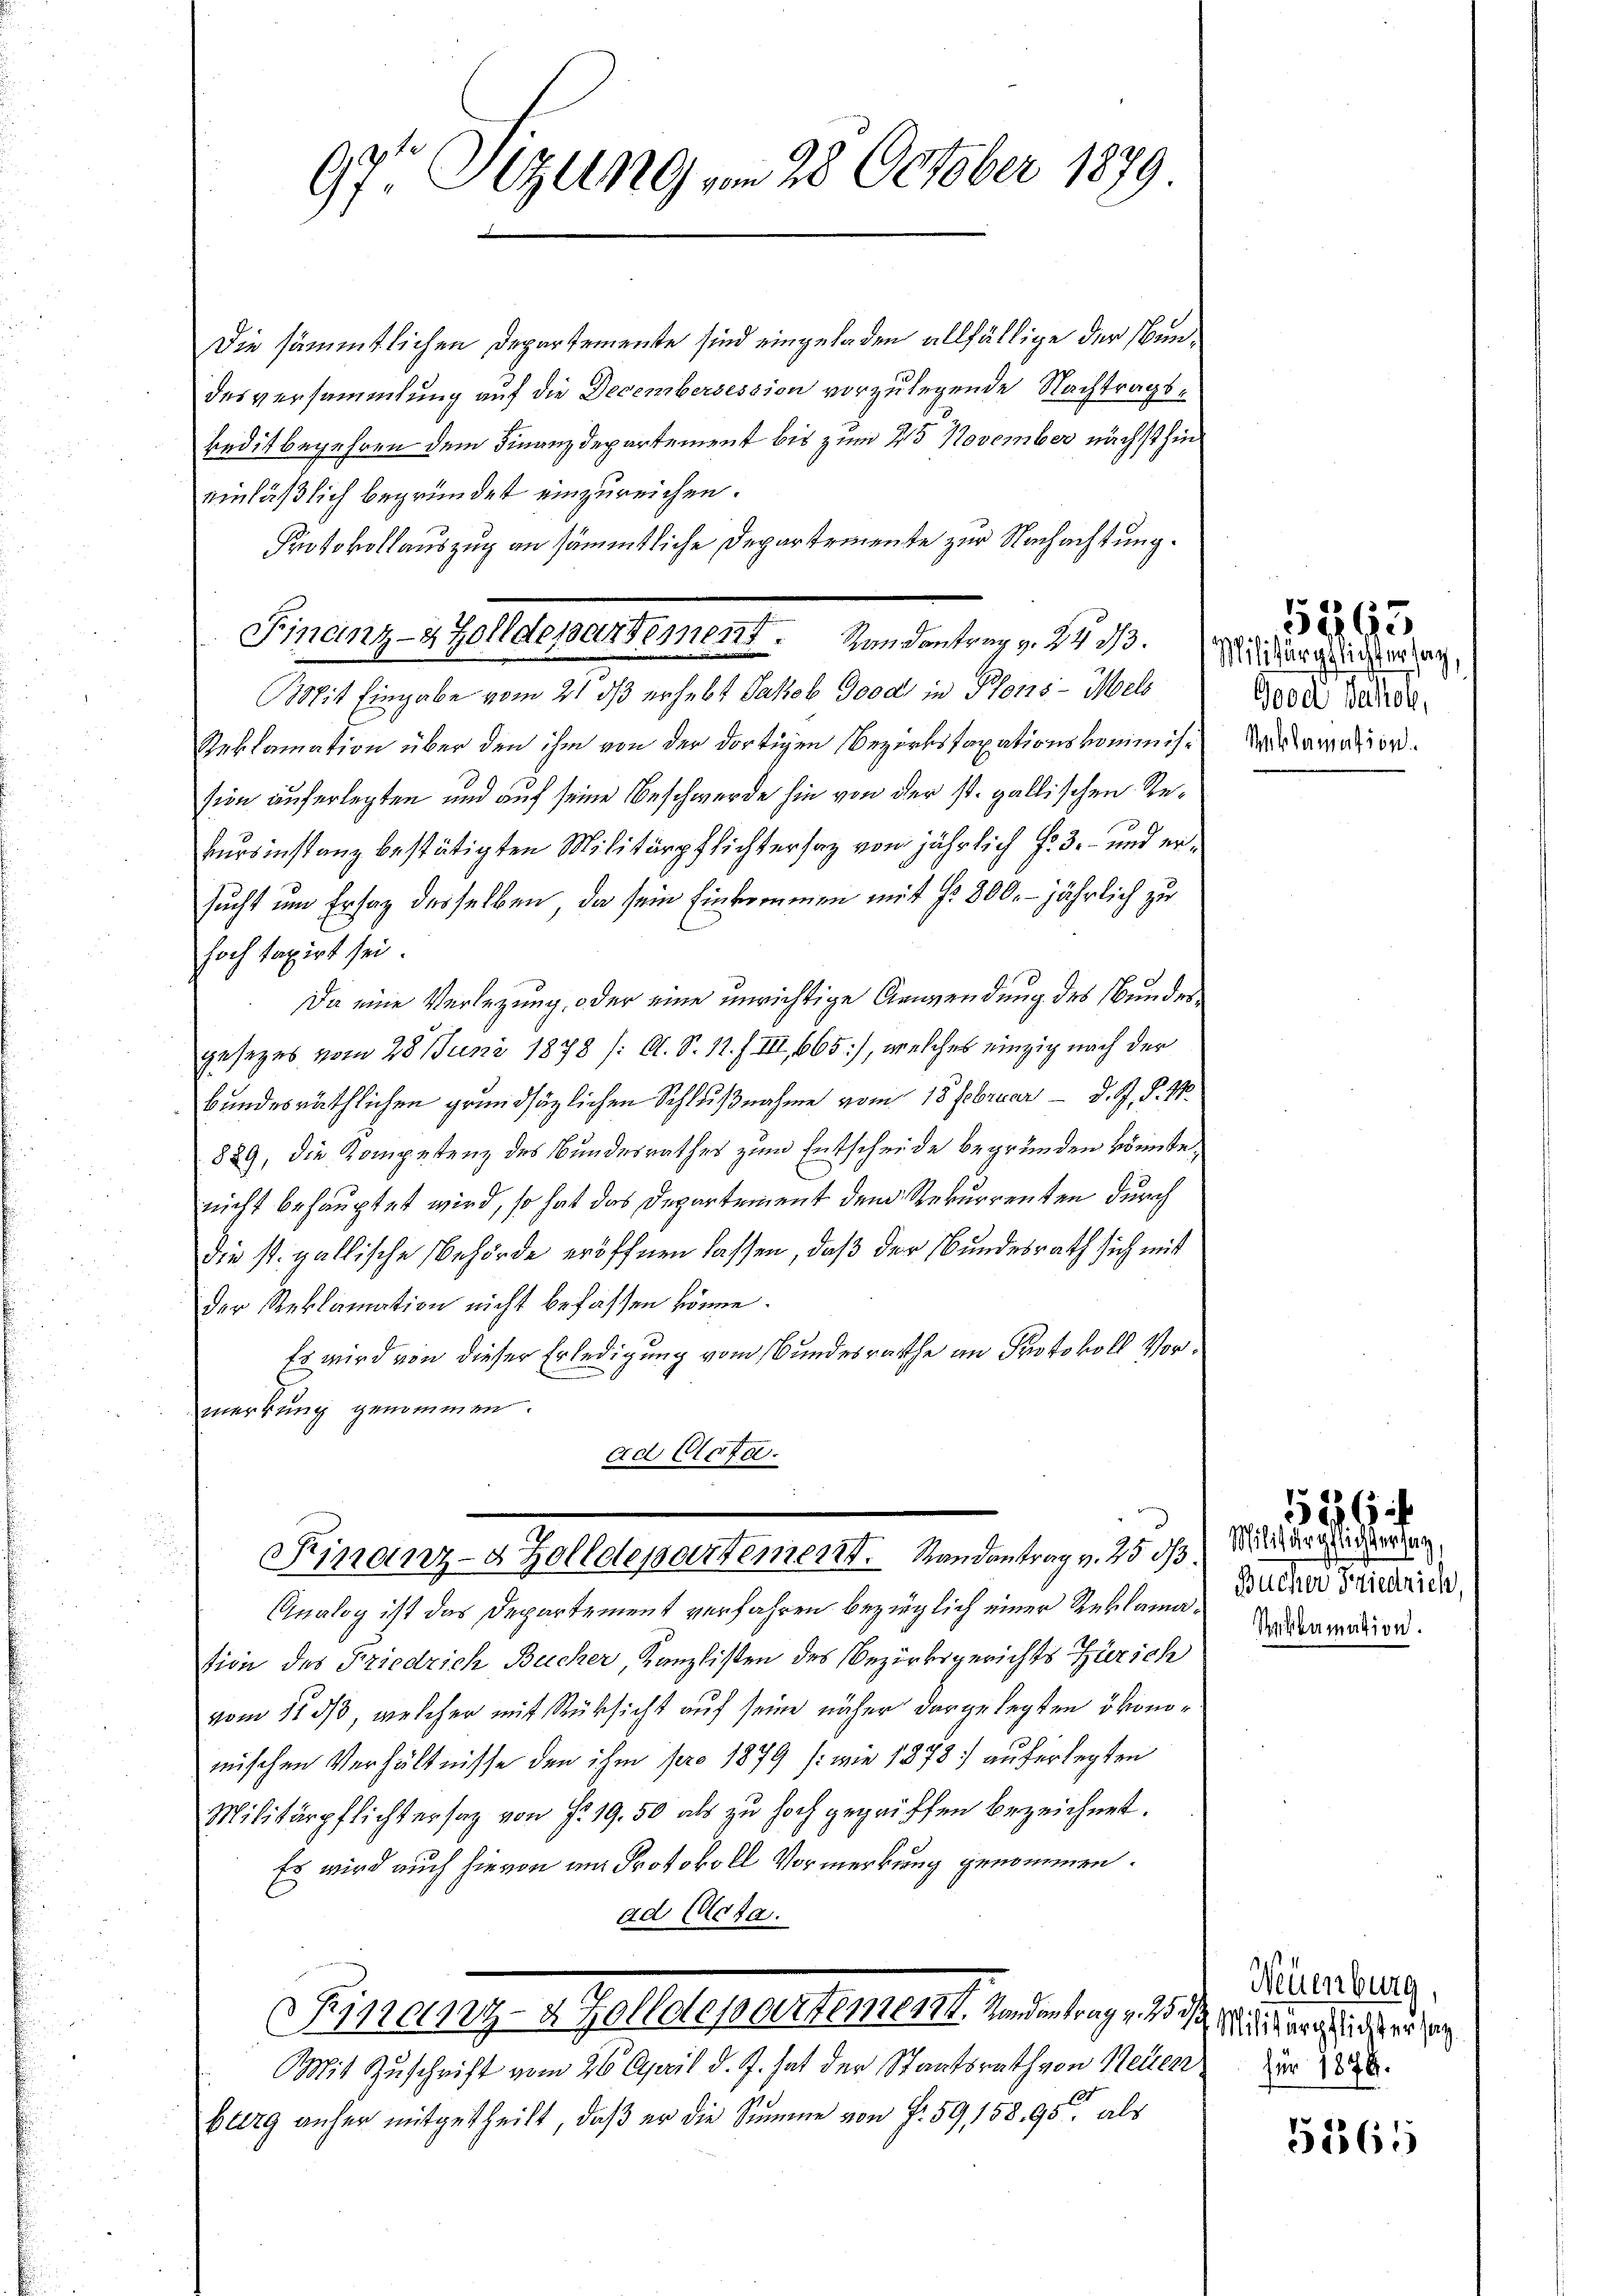
97 Sizung vom 28. October 1879

Die sämmtlichen Departemente sind eingeladen allfällige der Bundesversammlung auf die Decembersession vorzulegende Nachtragsbeditbegehren dem Finanzdepartement bis zum 215 November nächst hineinläßlich begründet einzureichen.
Protokollauszug an sämmtliche Departemente zur Nachachtung.
Bit Eingabe vom 21. ds erhebt Jakob Good in Pfons - Moels
Reklamation über den ihm von der dortigen Bezirkstaxationskommission auferlegten und auf seine Beschwerde hin von der st. gallischen Rekursinstanz bestätigten Militärpflichtersaz von jährlich f. 3. und ersucht um Erstag desselben, da sein Einkommen mit §. 300. - jährlich zu
hoch taxirt sei.
Da eine Verlegung, oder eine unrichtige Anwendung des Bunder
gesezes vom 28. Juni 1878 / A. S. 11. f. III 665), welches einzig nach der
bundesräthlichen grundsätzlichen Schlußnahme vom 18 Februar d. J. P. M.
889, die Kompetenz des Bundesrathes zum Entscheide begründen könnte,
nicht behauptet wird, so hat das Departement dem Rekurrenten durch
Die st. gallische Behörde eröffnen lassen, daß der Bundesrath sich mit
der Reklamation nicht befassen könne.
Es wird von dieser Erledigung vom Bundesrathe an Protokoll Vormerkung genommen.
Ad total.
Finanz-8 Zolldepartement. Randantrag v. 25 d
Analog ist das Departement verfahren bezüglich einer Reklama, Deine Friedrige
tion des Friedrich Becker, Kanzlisten des Bezirksgerichts Zürich
vom 11. ds, welcher mit Rücksicht auf seine näher dargelegten ökonomischen Verhältnisse den ihm pro 1879 (:wie 1878 auferlegten
Militärpflichtersaz von f. 19.50 als zu hoch gegriffen bezeichnet.
Es wird auch hievon am Protokoll Vormerkung genommen.
ad Acta.
Sisaszy   Zolldepartement. Sondertung in in dieser an die h. d. d.
Mit Zuschrift vom 26. April d. J. hat der Staatsrath von Neuen der
burg anher mitgetheilt, daß er die Summe von f. 59, 158. 95 als

Finanz-8 Zolldepartement.  Rundentrag v. 24 des Micharge eigen

5895
d
Good Jakob,
Reklamation

Militärpflichtersag
Seklamation.

1526

Neuenburg,

5561